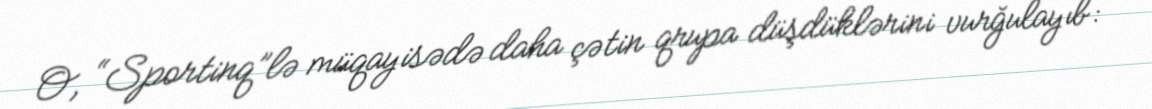
O, “Sportinq”lə müqayisədə daha çətin qrupa düşdüklərini vurğulayıb: